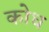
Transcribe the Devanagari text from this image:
कोध